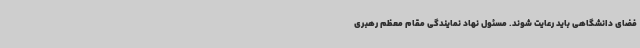
فضای دانشگاهی باید رعایت شوند. مسئول نهاد نمایندگی مقام معظم رهبری